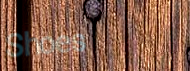
Shoes